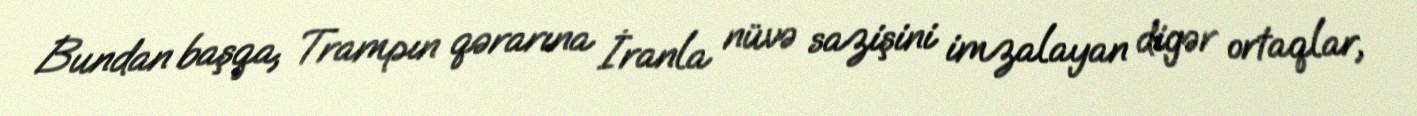
Bundan başqa, Trampın qərarına İranla nüvə sazişini imzalayan digər ortaqlar,